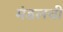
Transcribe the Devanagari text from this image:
मंडलची